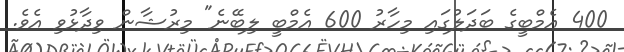
400 އެމްބީގެ ބަދަލުގައި މިހާރު 600 އެމްބީ ލިބޭނެ" މިރުޝާން ވިދާޅުވި އެވެ.